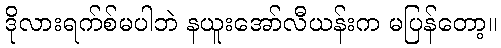
ဒိုလားရက်စ်မပါဘဲ နယူးအော်လီယန်းက မပြန်တော့။